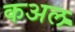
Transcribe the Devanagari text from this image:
कअल